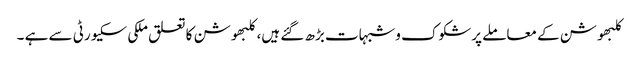
کلبھوشن کے معاملے پرشکوک وشبہات بڑھ گئے ہیں، کلبھوشن کا تعلق ملکی سکیورٹی سے ہے ۔